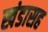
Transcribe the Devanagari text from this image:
खंडासह